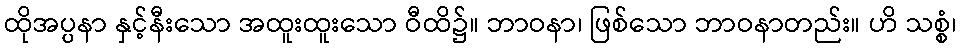
ထိုအပ္ပနာ နှင့်နီးသော အထူးထူးသော ဝီထိ၌။ ဘာဝနာ၊ ဖြစ်သော ဘာဝနာတည်း။ ဟိ သစ္စံ၊